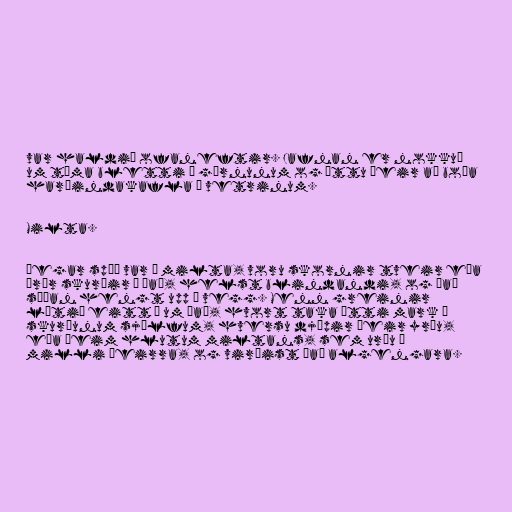
var haldið ofaneftir. Jafnan er nokkuð
um tóma bletti í görnunum og áttu þeir að boða
harðindakafla á vetrinum.

Milta.

Þegar spáð var í milta, voru skornir tveir eða
þrír skurðir í það, helst blindandi, og það
síðan hengt upp á vegg. Menn greinir
lítið eitt á um það, hvort taka ætti mark á
skurðunum sjálfum, hversu djúpir þeir yrðu,
eða þeim hlutum miltans, sem urðu á
milli þeirra, og virðist það algengara.